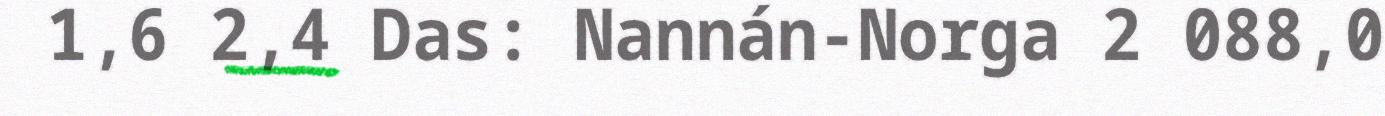
1,6 2,4 Das: Nannán-Norga 2 088,0